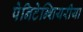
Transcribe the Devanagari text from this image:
पेनिटेन्शियरीया